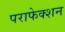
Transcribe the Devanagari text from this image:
पराफेक्शन